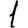
Digit: 1